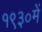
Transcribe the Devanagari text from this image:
१९३०में